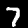
Digit: 7